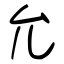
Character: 允